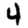
Digit: 4